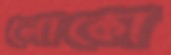
লোকো